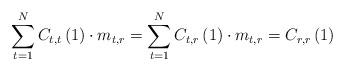
LaTeX: \begin{align*}\sum_{t=1}^{N}C_{t,t}\left(1\right)\cdot m_{t,r}=\sum_{t=1}^{N}C_{t,r}\left(1\right)\cdot m_{t,r}=C_{r,r}\left(1\right)\end{align*}